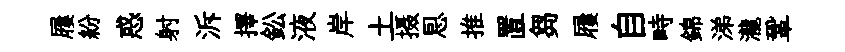
屨紛惑射泝擇鈆液岸土摄㤙推置芻屨自畤錦涕瀧鞏